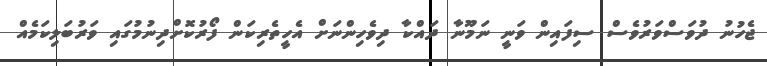
ޖެހުނު ދުވަސްވަރުވެސް ސިފައިން ވަނީ ނަމޫނާ ދައްކާ ދިވެހިންނަށް އެހީތެރިކަން ފޯރުކޮށްދިނުމުގައި ވަރުބަލިކަމެއް